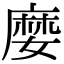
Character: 𡡉